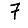
Digit: 7